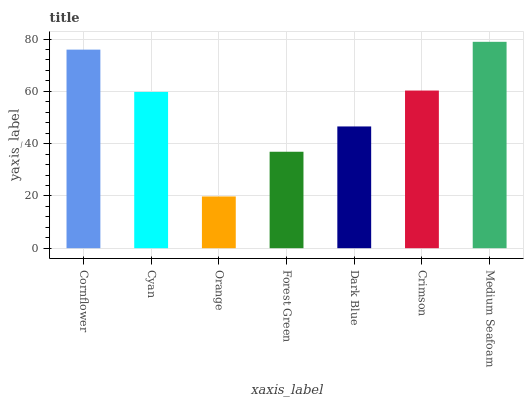
| xaxis_label | bars |
 | --- | --- |
 | Cornflower | 76 |
 | Cyan | 59.8 |
 | Orange | 19.8 |
 | Forest Green | 36.9 |
 | Dark Blue | 46.6 |
 | Crimson | 60.3 |
 | Medium Seafoam | 79 |